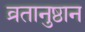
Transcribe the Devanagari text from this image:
व्रतानुष्ठान